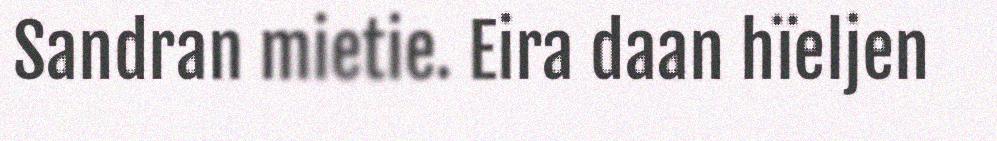
Sandran mietie. Eira daan hïeljen